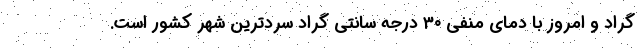
گراد و امروز با دمای منفی ۳۰ درجه سانتی گراد سردترین شهر کشور است.